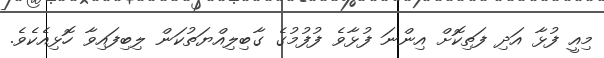
މިއީ ފުޅާ އަދި ފަތިކޮށް އިންނަ ފުޅާވެ ފުފުމުގެ ގާބިލިއްޔަތުކަން ލިބިފައިވާ ހޮޅިއެކެވެ.